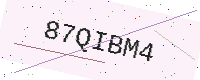
Text: 87QIBM4